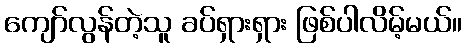
ကျော်လွန်တဲ့သူ ခပ်ရှားရှား ဖြစ်ပါလိမ့်မယ်။